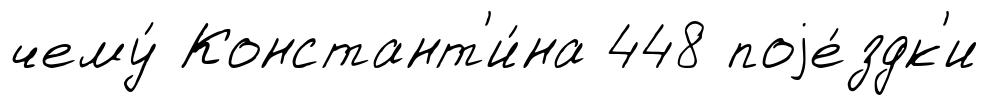
чему́ Констант'и́на 448 поjе́здк'и